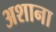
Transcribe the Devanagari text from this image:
अशाना